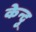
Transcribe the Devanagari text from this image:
केन्दु